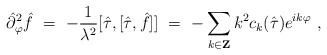
\begin{align*}{\hat\partial}^2_\varphi {\hat f}\ =\ -\frac{1}{\lambda^2} [{\hat\tau},[{\hat\tau} ,{\hat f}]]\ =\ -\sum_{k\in {\bf Z}} k^2 c_k ({\hat \tau})e^{ik\varphi } \ ,\end{align*}